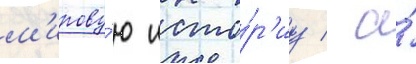
м'ирову́ю исто́р'иу / а́